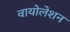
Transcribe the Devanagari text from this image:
वायोलेशन